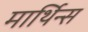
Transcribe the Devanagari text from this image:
मार्थिन्स